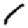
Digit: 1